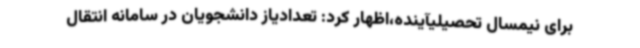
برای نیمسال تحصیلیآینده،اظهار کرد: تعدادیاز دانشجویان در سامانه انتقال